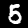
Label: 5